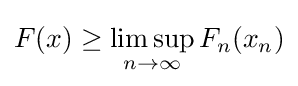
F(x)\geq \limsup _{n\to \infty }F_{n}(x_{n})